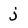
Character: j